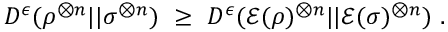
D ^ { \epsilon } ( \rho ^ { \otimes n } | | \sigma ^ { \otimes n } ) ~ \geq ~ D ^ { \epsilon } ( { \mathcal { E } } ( \rho ) ^ { \otimes n } | | { \mathcal { E } } ( \sigma ) ^ { \otimes n } ) ~ .